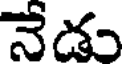
నేడు